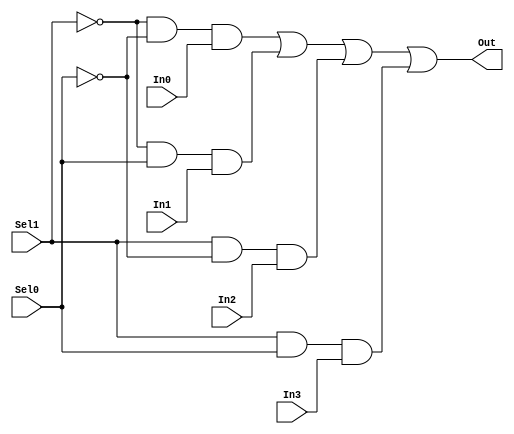
module mux421_dataflow (Out, In0, In1, In2, In3, Sel0, Sel1);
output Out;
input In0, In1, In2, In3, Sel0, Sel1;

assign Out = 
  (~Sel1 & ~Sel0 & In0) 
| (~Sel1 &  Sel0 & In1) 
| (Sel1  & ~Sel0 & In2) 
| (Sel1  &  Sel0 & In3);

endmodule // mux421_dataflow